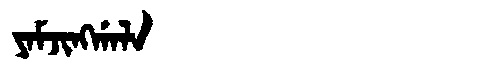
Manchu: ᠶᠠᠮᠵᡳᠩᡤᠠᠯᠠ
Romanization: YAMJINGGALA